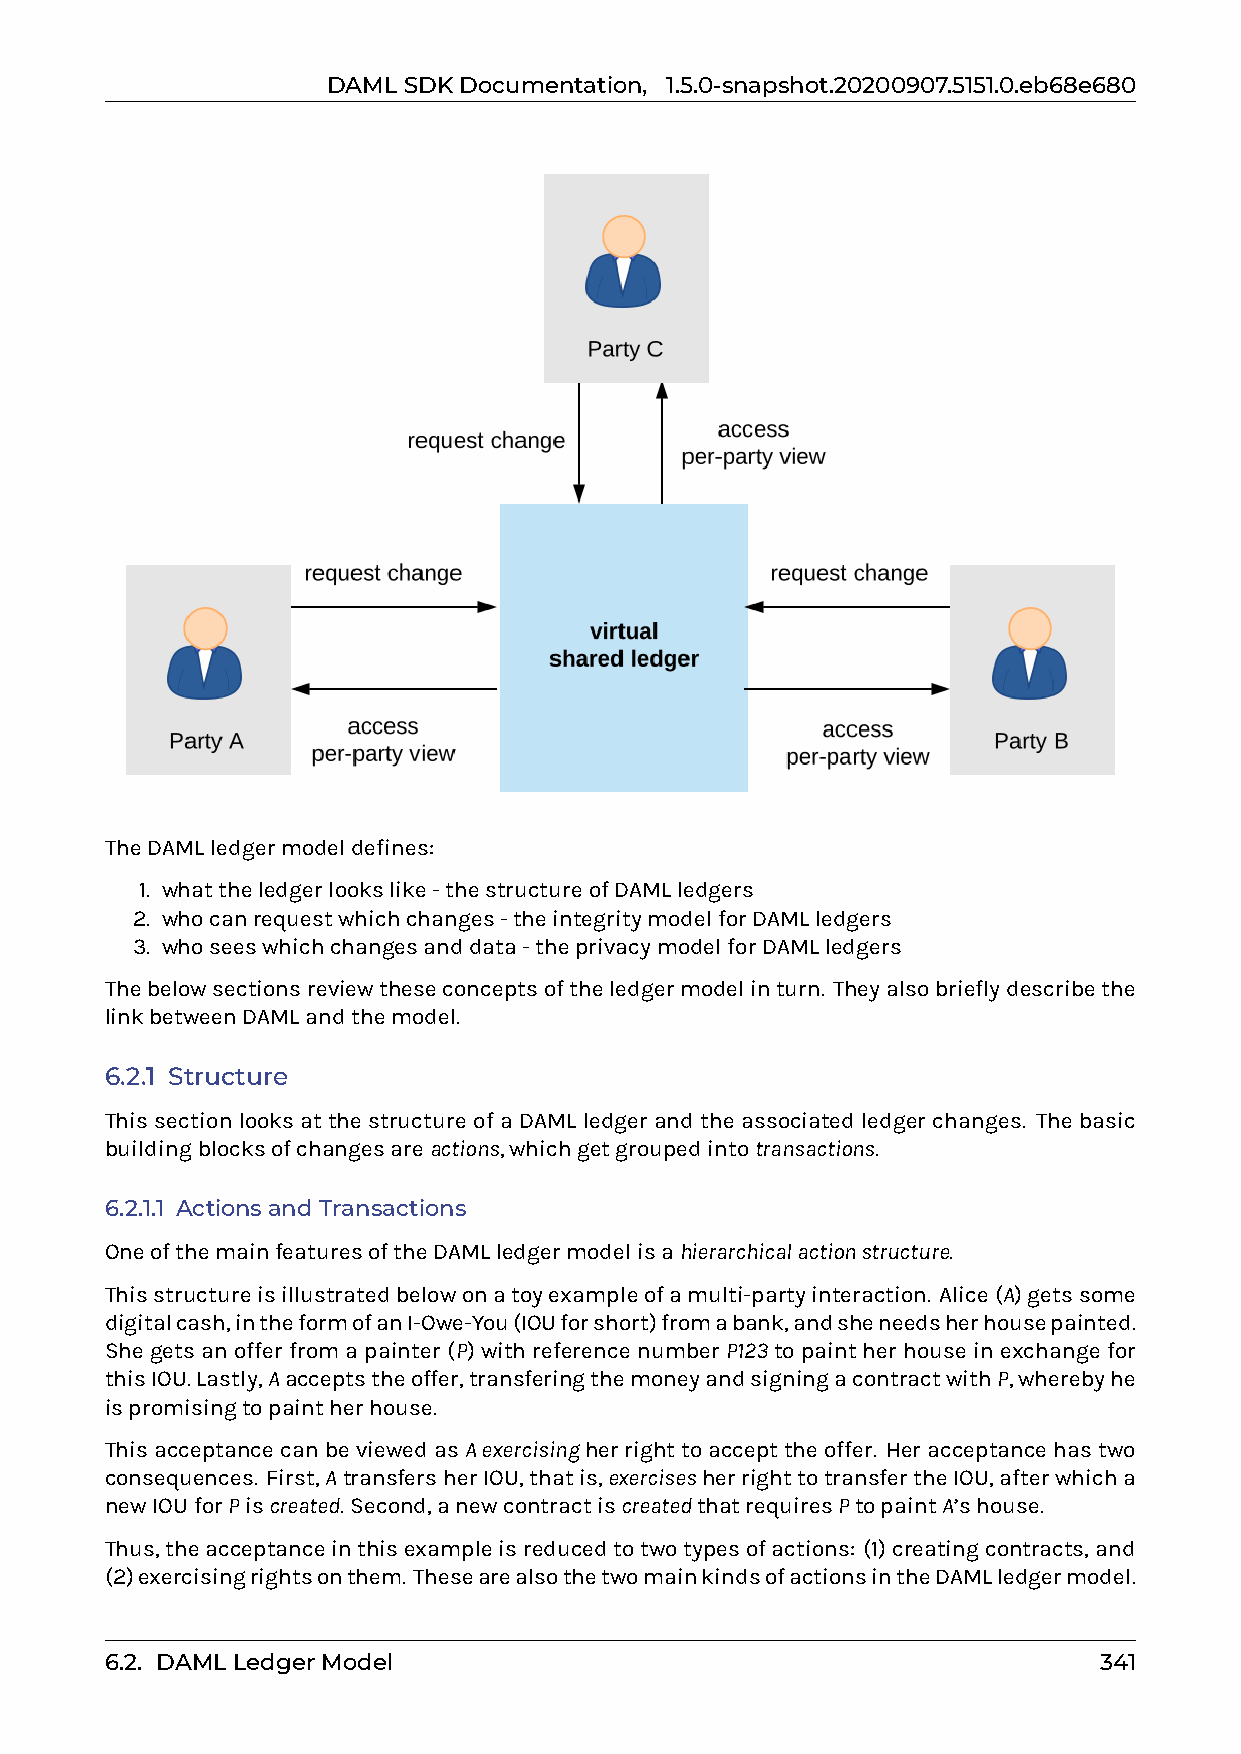
DAMLSDKDocumentation, 1.5.0-snapshot.20200907.5151.0.eb68e680
 TheDAMLledgermodeldefines:
 1. whattheledgerlookslike-thestructureofDAMLledgers
 2. whocanrequestwhichchanges-theintegritymodelforDAMLledgers
 3. whoseeswhichchangesanddata-theprivacymodelforDAMLledgers
 Thebelowsectionsreviewtheseconceptsoftheledgermodelinturn. Theyalsobrieflydescribethe
 linkbetweenDAMLandthemodel.
 6.2.1 Structure
 This section looks at the structure of a DAML ledger and the associated ledger changes. The basic
 buildingblocksofchangesareactions,whichgetgroupedintotransactions.
 6.2.1.1 ActionsandTransactions
 OneofthemainfeaturesoftheDAMLledgermodelisahierarchicalactionstructure.
 Thisstructureisillustratedbelowonatoyexampleofamulti-partyinteraction. Alice(A)getssome
 digitalcash,intheformofanI-Owe-You(IOUforshort)fromabank,andsheneedsherhousepainted.
 She gets an offer from a painter (P) with reference number P123 to paint her house in exchange for
 thisIOU.Lastly,Aacceptstheoffer,transferingthemoneyandsigningacontractwithP,wherebyhe
 ispromisingtopaintherhouse.
 ThisacceptancecanbeviewedasAexercisingherrighttoaccepttheoffer. Heracceptancehastwo
 consequences. First,AtransfersherIOU,thatis,exercisesherrighttotransfertheIOU,afterwhicha
 newIOUforPiscreated. Second,anewcontractiscreatedthatrequiresPtopaintA’shouse.
 Thus,theacceptanceinthisexampleisreducedtotwotypesofactions: (1)creatingcontracts,and
 (2)exercisingrightsonthem. ThesearealsothetwomainkindsofactionsintheDAMLledgermodel.
 6.2. DAMLLedgerModel                                              341